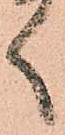
く